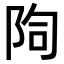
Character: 𨹐